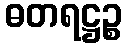
ဓတရဋ္ဌဉ္စ